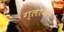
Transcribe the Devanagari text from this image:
ग्लोबल